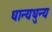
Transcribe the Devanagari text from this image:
धान्यधुन्य